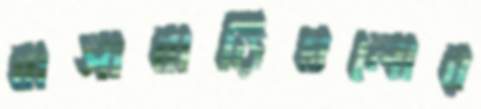
বাসাবাড়িগুলোর